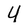
Character: Y